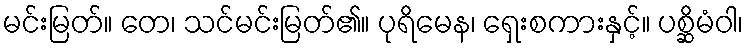
မင်းမြတ်။ တေ၊ သင်မင်းမြတ်၏။ ပုရိမေန၊ ရှေးစကားနှင့်။ ပစ္ဆိမံဝါ၊